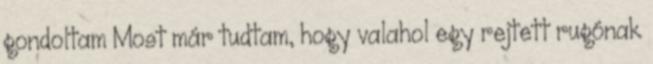
gondoltam Most már tudtam, hogy valahol egy rejtett rugónak